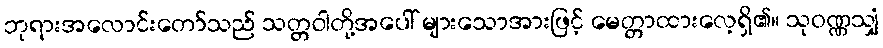
ဘုရားအလောင်းတော်သည် သတ္တဝါတို့အပေါ် များသောအားဖြင့် မေတ္တာထားလေ့ရှိ၏။ သုဝဏ္ဏသျှံ